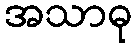
အသာဓု